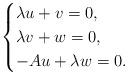
LaTeX: \begin{align*}\begin{cases}\lambda u+v= 0,\\\lambda v+w= 0,\\-Au + \lambda w = 0.\end{cases}\end{align*}